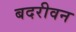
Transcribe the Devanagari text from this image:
बदरीवन